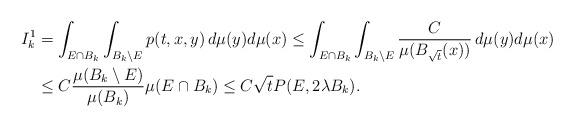
LaTeX: \begin{align*}I_k^1 & = \int_{E\cap B_k}\int_{B_k\setminus E}p(t,x,y)\, d\mu(y)d\mu(x) \leq \int_{E\cap B_k}\int_{B_k\setminus E}\frac{C}{\mu(B_{\sqrt{t}}(x))}\,d\mu(y)d\mu(x) \\& \leq C\frac{\mu(B_k\setminus E)}{\mu(B_k)}\mu(E\cap B_k) \leq C\sqrt{t} P(E,2\lambda B_k).\end{align*}